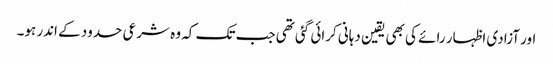
اور آزادی اظہار رائے کی بھی یقین دہانی کرائی گئی تھی جب تک کہ وہ شرعی حدود کے اندر ہو۔